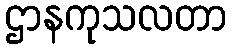
ဌာနကုသလတာ